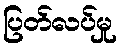
ပြတ်လပ်မှု